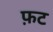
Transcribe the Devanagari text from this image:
फ़ट